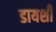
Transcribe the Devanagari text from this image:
डायशी